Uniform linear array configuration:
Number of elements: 48
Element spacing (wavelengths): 0.5
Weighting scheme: hamming
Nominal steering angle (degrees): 15
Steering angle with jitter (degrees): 14.506
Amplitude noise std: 0.05
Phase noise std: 0.05

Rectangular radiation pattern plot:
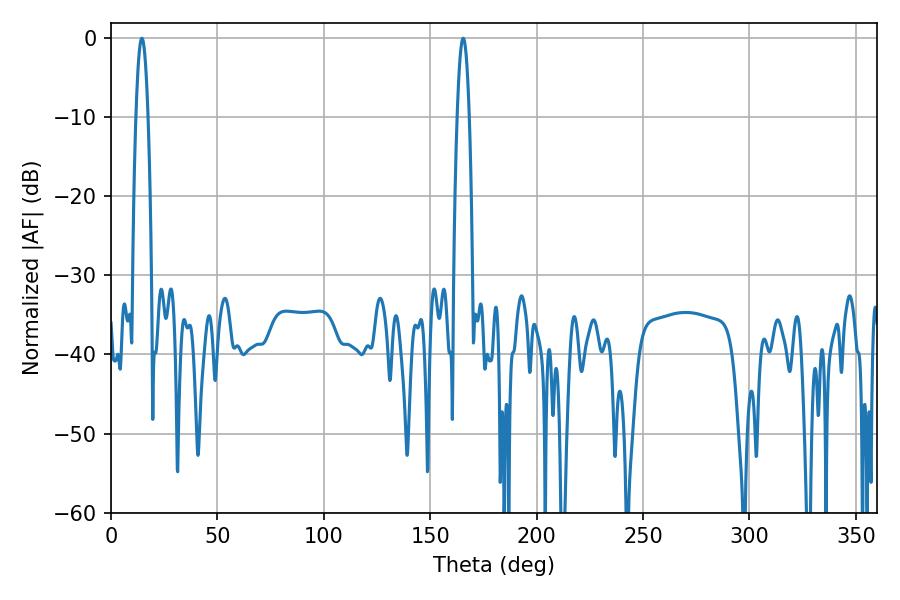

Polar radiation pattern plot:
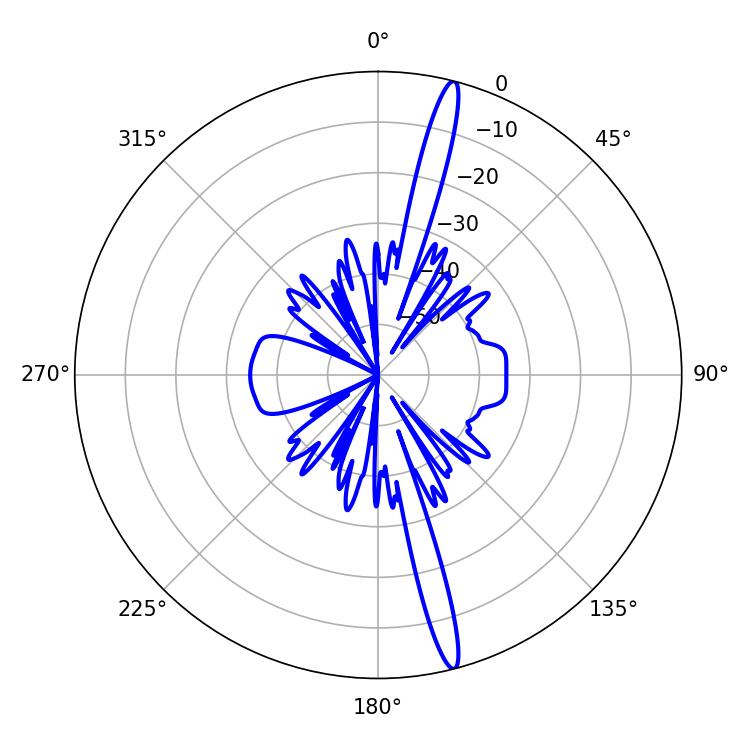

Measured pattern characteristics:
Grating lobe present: FALSE
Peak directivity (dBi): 18.249
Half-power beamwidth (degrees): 3.06
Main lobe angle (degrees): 14.58